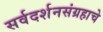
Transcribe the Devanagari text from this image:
सर्वदर्शनसंग्रहाचे